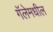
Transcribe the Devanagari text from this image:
गॅलेमधील